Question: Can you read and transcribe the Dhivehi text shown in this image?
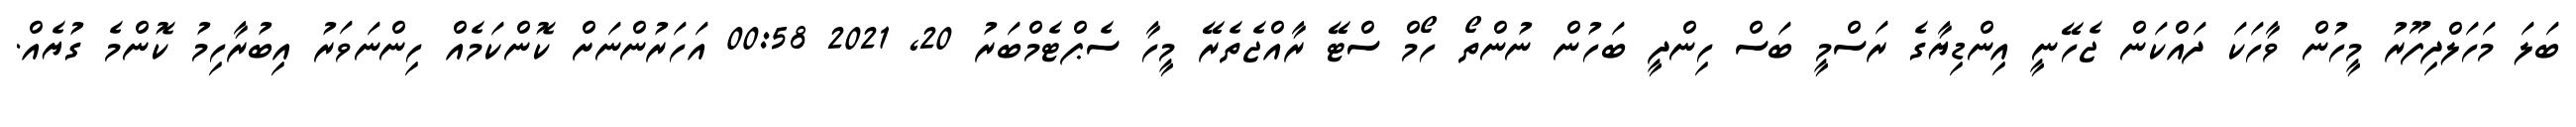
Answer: ބަލަ މަހަލްދިފޫރު މީހުން ވާހަކަ ދައްކަން ޖެހޭނީ އިންޑިޔާގެ ރަސްމީ ބަސް ހިންދީ ބަހުން ނުންތޯ ހޯމް ސްޓޭ ރާއްޖެތެރޭ މީހާ ސެޕްޓެމްބަރު 20, 2021 00:58 އަހަރުންނަށް ކޮންކަމެއް ހިންނަވަރު އިބުރާހިމު ކޮންމެ ގުޔެއް.